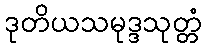
ဒုတိယသမုဒ္ဒသုတ္တံ